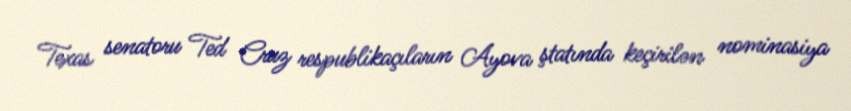
Texas senatoru Ted Cruz respublikaçıların Ayova ştatında keçirilən nominasiya